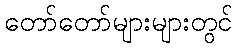
တော်တော်များများတွင်